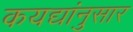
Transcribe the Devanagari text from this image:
कयद्यांनुसार